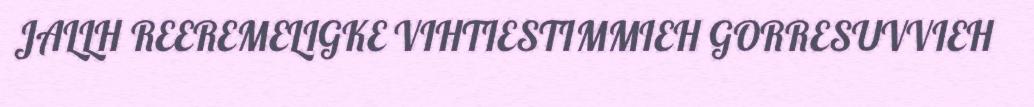
JALLH REEREMELIGKE VIHTIESTIMMIEH GORRESUVVIEH